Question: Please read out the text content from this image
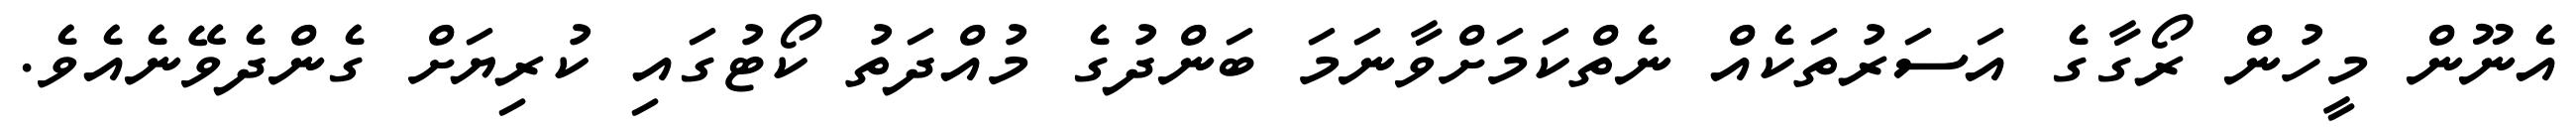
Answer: އެނޫން މީހުން ރޯގާގެ އަސަރުތަކެއް ނެތްކަމަށްވާނަމަ ބަންދުގެ މުއްދަތު ކޯޓުގައި ކުރިޔަށް ގެންދެވޭނެއެވެ.